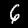
Label: 6